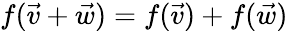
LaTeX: f({\vec{v}}+{\vec{w}})=f({\vec{v}})+f({\vec{w}})